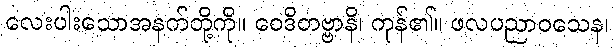
လေးပါးသောအနက်တို့ကို။ ဝေဒိတဗ္ဗာနိ၊ ကုန်၏။ ဖလပညာဝသေန၊